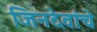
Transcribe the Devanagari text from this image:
जिनदेवांचे